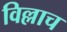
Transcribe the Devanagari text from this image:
विल्लाच